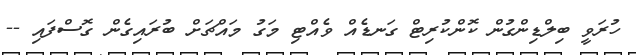
ހުރަވީ ބިލްޑިންގުން ކޮންކުރިޓް ގަނޑެއް ވެއްޓި މަގު މައްޗަށް ބުރައިގެން ގޮސްފައި --